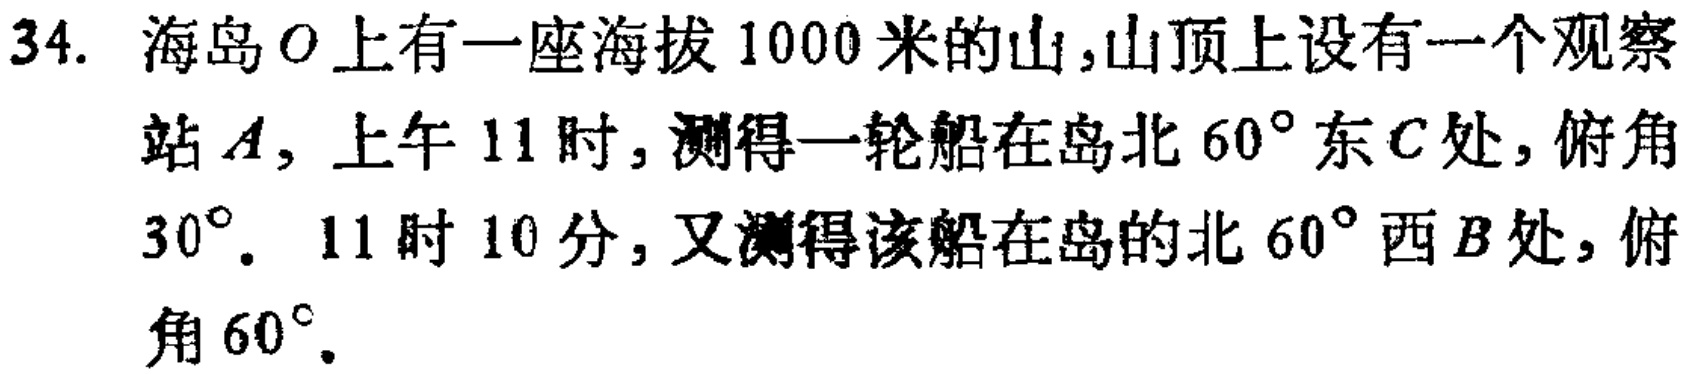
34. 海岛\(O\)上有一座海拔\(1000\)米的山，山顶上设有一个观察站\(A\)，上午\(11\)时，测得一轮船在岛北\(60^{\circ}\)东\(C\)处，俯角\(30^{\circ}\)。\(11\)时\(10\)分，又测得该船在岛的北\(60^{\circ}\)西\(B\)处，俯角\(60^{\circ}\)。